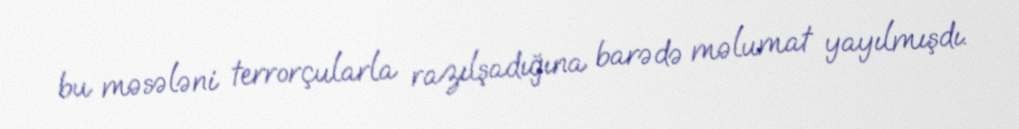
bu məsələni terrorçularla razılşadığına barədə məlumat yayılmışdı.